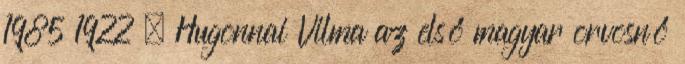
1985 1922 – Hugonnai Vilma az első magyar orvosnő